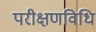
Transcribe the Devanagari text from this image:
परीक्षणविधि